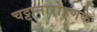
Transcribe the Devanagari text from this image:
चट्टानारोहणके